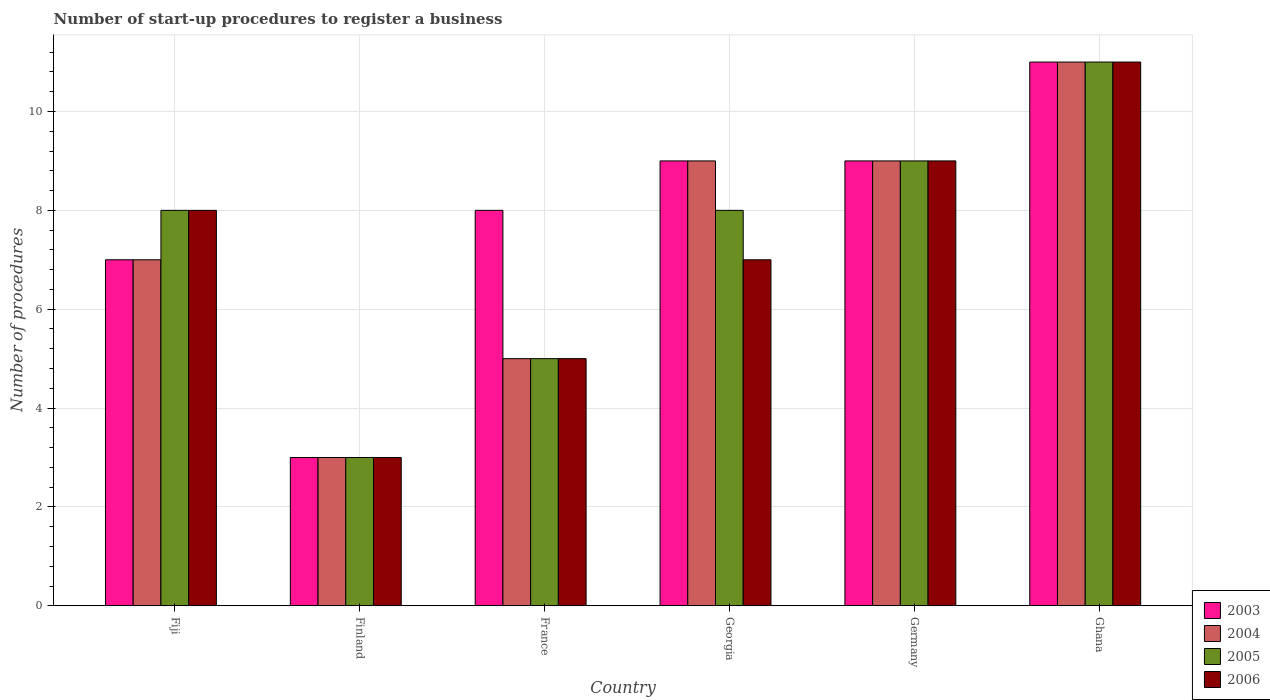
| Country | 2003 | 2004 | 2005 | 2006 |
 | --- | --- | --- | --- | --- |
 | Fiji | 7 | 7 | 8 | 8 |
 | Finland | 3 | 3 | 3 | 3 |
 | France | 8 | 5 | 5 | 5 |
 | Georgia | 9 | 9 | 8 | 7 |
 | Germany | 9 | 9 | 9 | 9 |
 | Ghana | 11 | 11 | 11 | 11 |